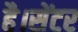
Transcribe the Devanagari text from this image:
है।सेंटर